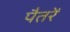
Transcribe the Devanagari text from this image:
पैतरें